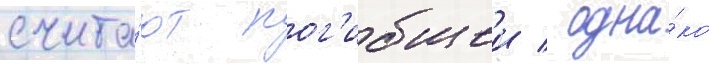
счита́ют пог'ибшеи / одна́ко